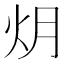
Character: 𮳟